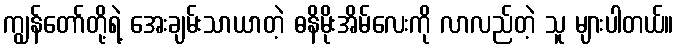
ကျွန်တော်တို့ရဲ့ အေးချမ်းသာယာတဲ့ ဓနိမိုးအိမ်လေးကို လာလည်တဲ့ သူ များပါတယ်။